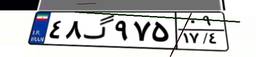
۵۳گ۸۷۳۶۱